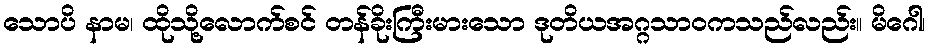
သောပိ နာမ၊ ထိုသို့လောက်စင် တန်ခိုးကြီးမားသော ဒုတိယအဂ္ဂသာဝကသည်လည်း။ မိဂေါ၊